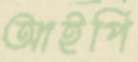
আইপি